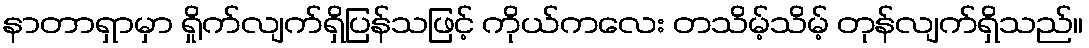
နာတာရှာမှာ ရှိုက်လျက်ရှိပြန်သဖြင့် ကိုယ်ကလေး တသိမ့်သိမ့် တုန်လျက်ရှိသည်။